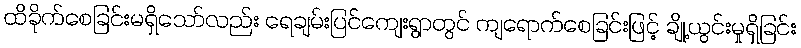
ထိခိုက်စေခြင်းမရှိသော်လည်း ရေချမ်းပြင်ကျေးရွာတွင် ကျရောက်စေခြင်းဖြင့် ချို့ယွင်းမှုရှိခြင်း